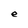
Character: e